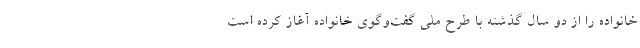
خانواده را از دو سال گذشته با طرح ملی گفت‌وگوی خانواده آغاز کرده است